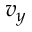
v _ { y }